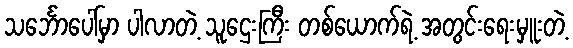
သင်္ဘောပေါ်မှာ ပါလာတဲ့ သူဌေးကြီး တစ်ယောက်ရဲ့ အတွင်းရေးမှူးတဲ့